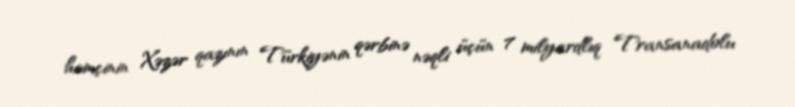
həmçinin Xəzər qazının Türkiyənin qərbinə nəqli üçün 7 milyardlıq Transanadolu